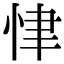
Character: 𢘶